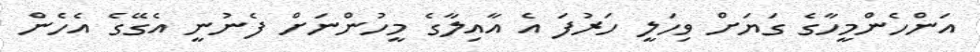
އަންހެންމީހާގެ ގަޔަށް ވިހަލީ ހަރުފަ އެ އާއިލާގެ މީހުންނަށް ފެނުނީ އެގޭގެ އެހެން